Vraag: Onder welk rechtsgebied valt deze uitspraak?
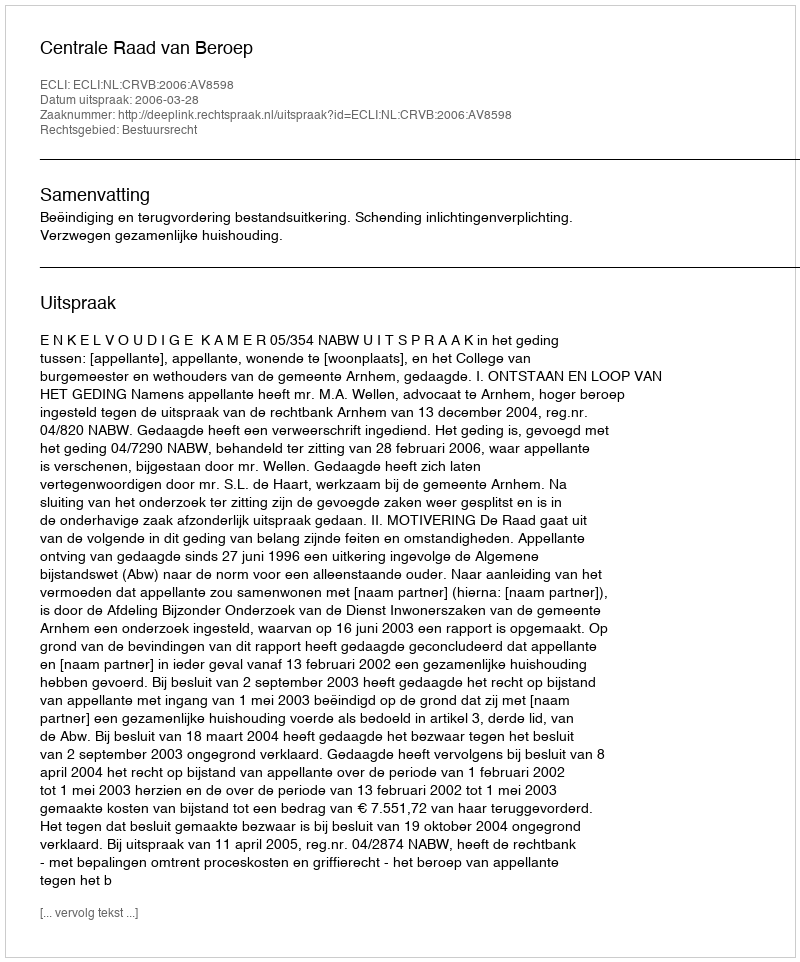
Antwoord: Bestuursrecht